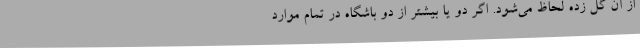
از آن گل زده لحاظ می‌شود. اگر دو یا بیشتر از دو باشگاه در تمام موارد